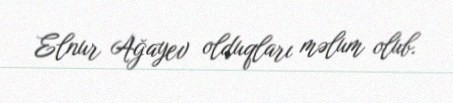
Elnur Ağayev olduqları məlum olub.